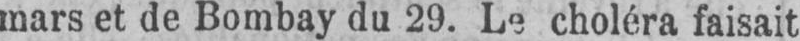
mars et de Bombay du 29. Le choléra faisait